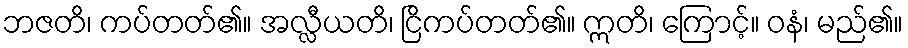
ဘဇတိ၊ ကပ်တတ်၏။ အလ္လီယတိ၊ ငြိကပ်တတ်၏။ ဣတိ၊ ကြောင့်။ ဝနံ၊ မည်၏။